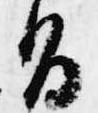
旨